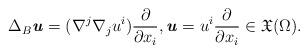
LaTeX: \begin{align*} \Delta_{B}\textbf{\textit{u}} =(\nabla^j \nabla_j u^i)\frac{\partial}{\partial x_i} ,\textbf{\textit{u}}=u^i \frac{\partial}{\partial x_i}\in \mathfrak{X} (\Omega).\end{align*}